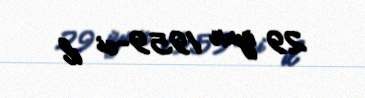
29 iyun 1959-ci il